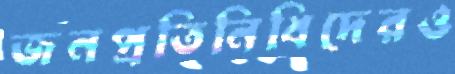
জনপ্রতিনিধিদেরও